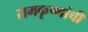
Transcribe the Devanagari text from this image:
रामकृष्णांची